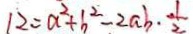
1 2 = a ^ { 2 } + b ^ { 2 } - 2 a b \cdot \frac { 1 } { 2 }